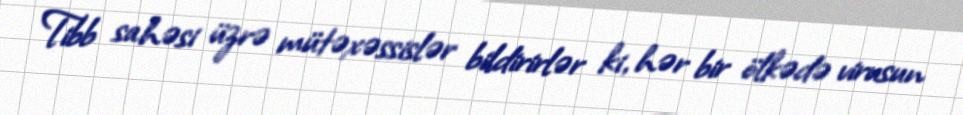
Tibb sahəsi üzrə mütəxəssislər bildirirlər ki, hər bir ölkədə virusun